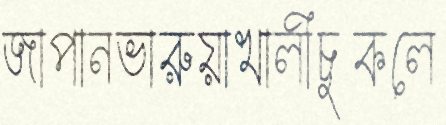
জাপানভারুয়াখালীচুকলে